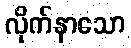
လိုက်နာသော